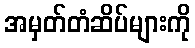
အမှတ်တံဆိပ်များကို